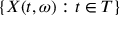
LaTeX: \{ X ( t , \omega ) : t \in T \}